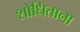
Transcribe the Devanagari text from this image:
शोधिताना